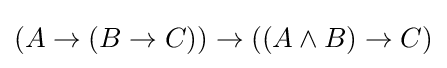
(A\to (B\to C))\to ((A\land B)\to C)